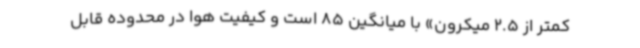
کمتر از 2.5 میکرون» با میانگین 85 است‌ و کیفیت هوا در محدوده قابل